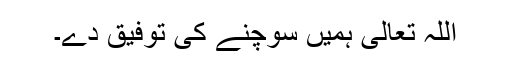
اللہ تعالیٰ ہمیں سوچنے کی توفیق دے۔